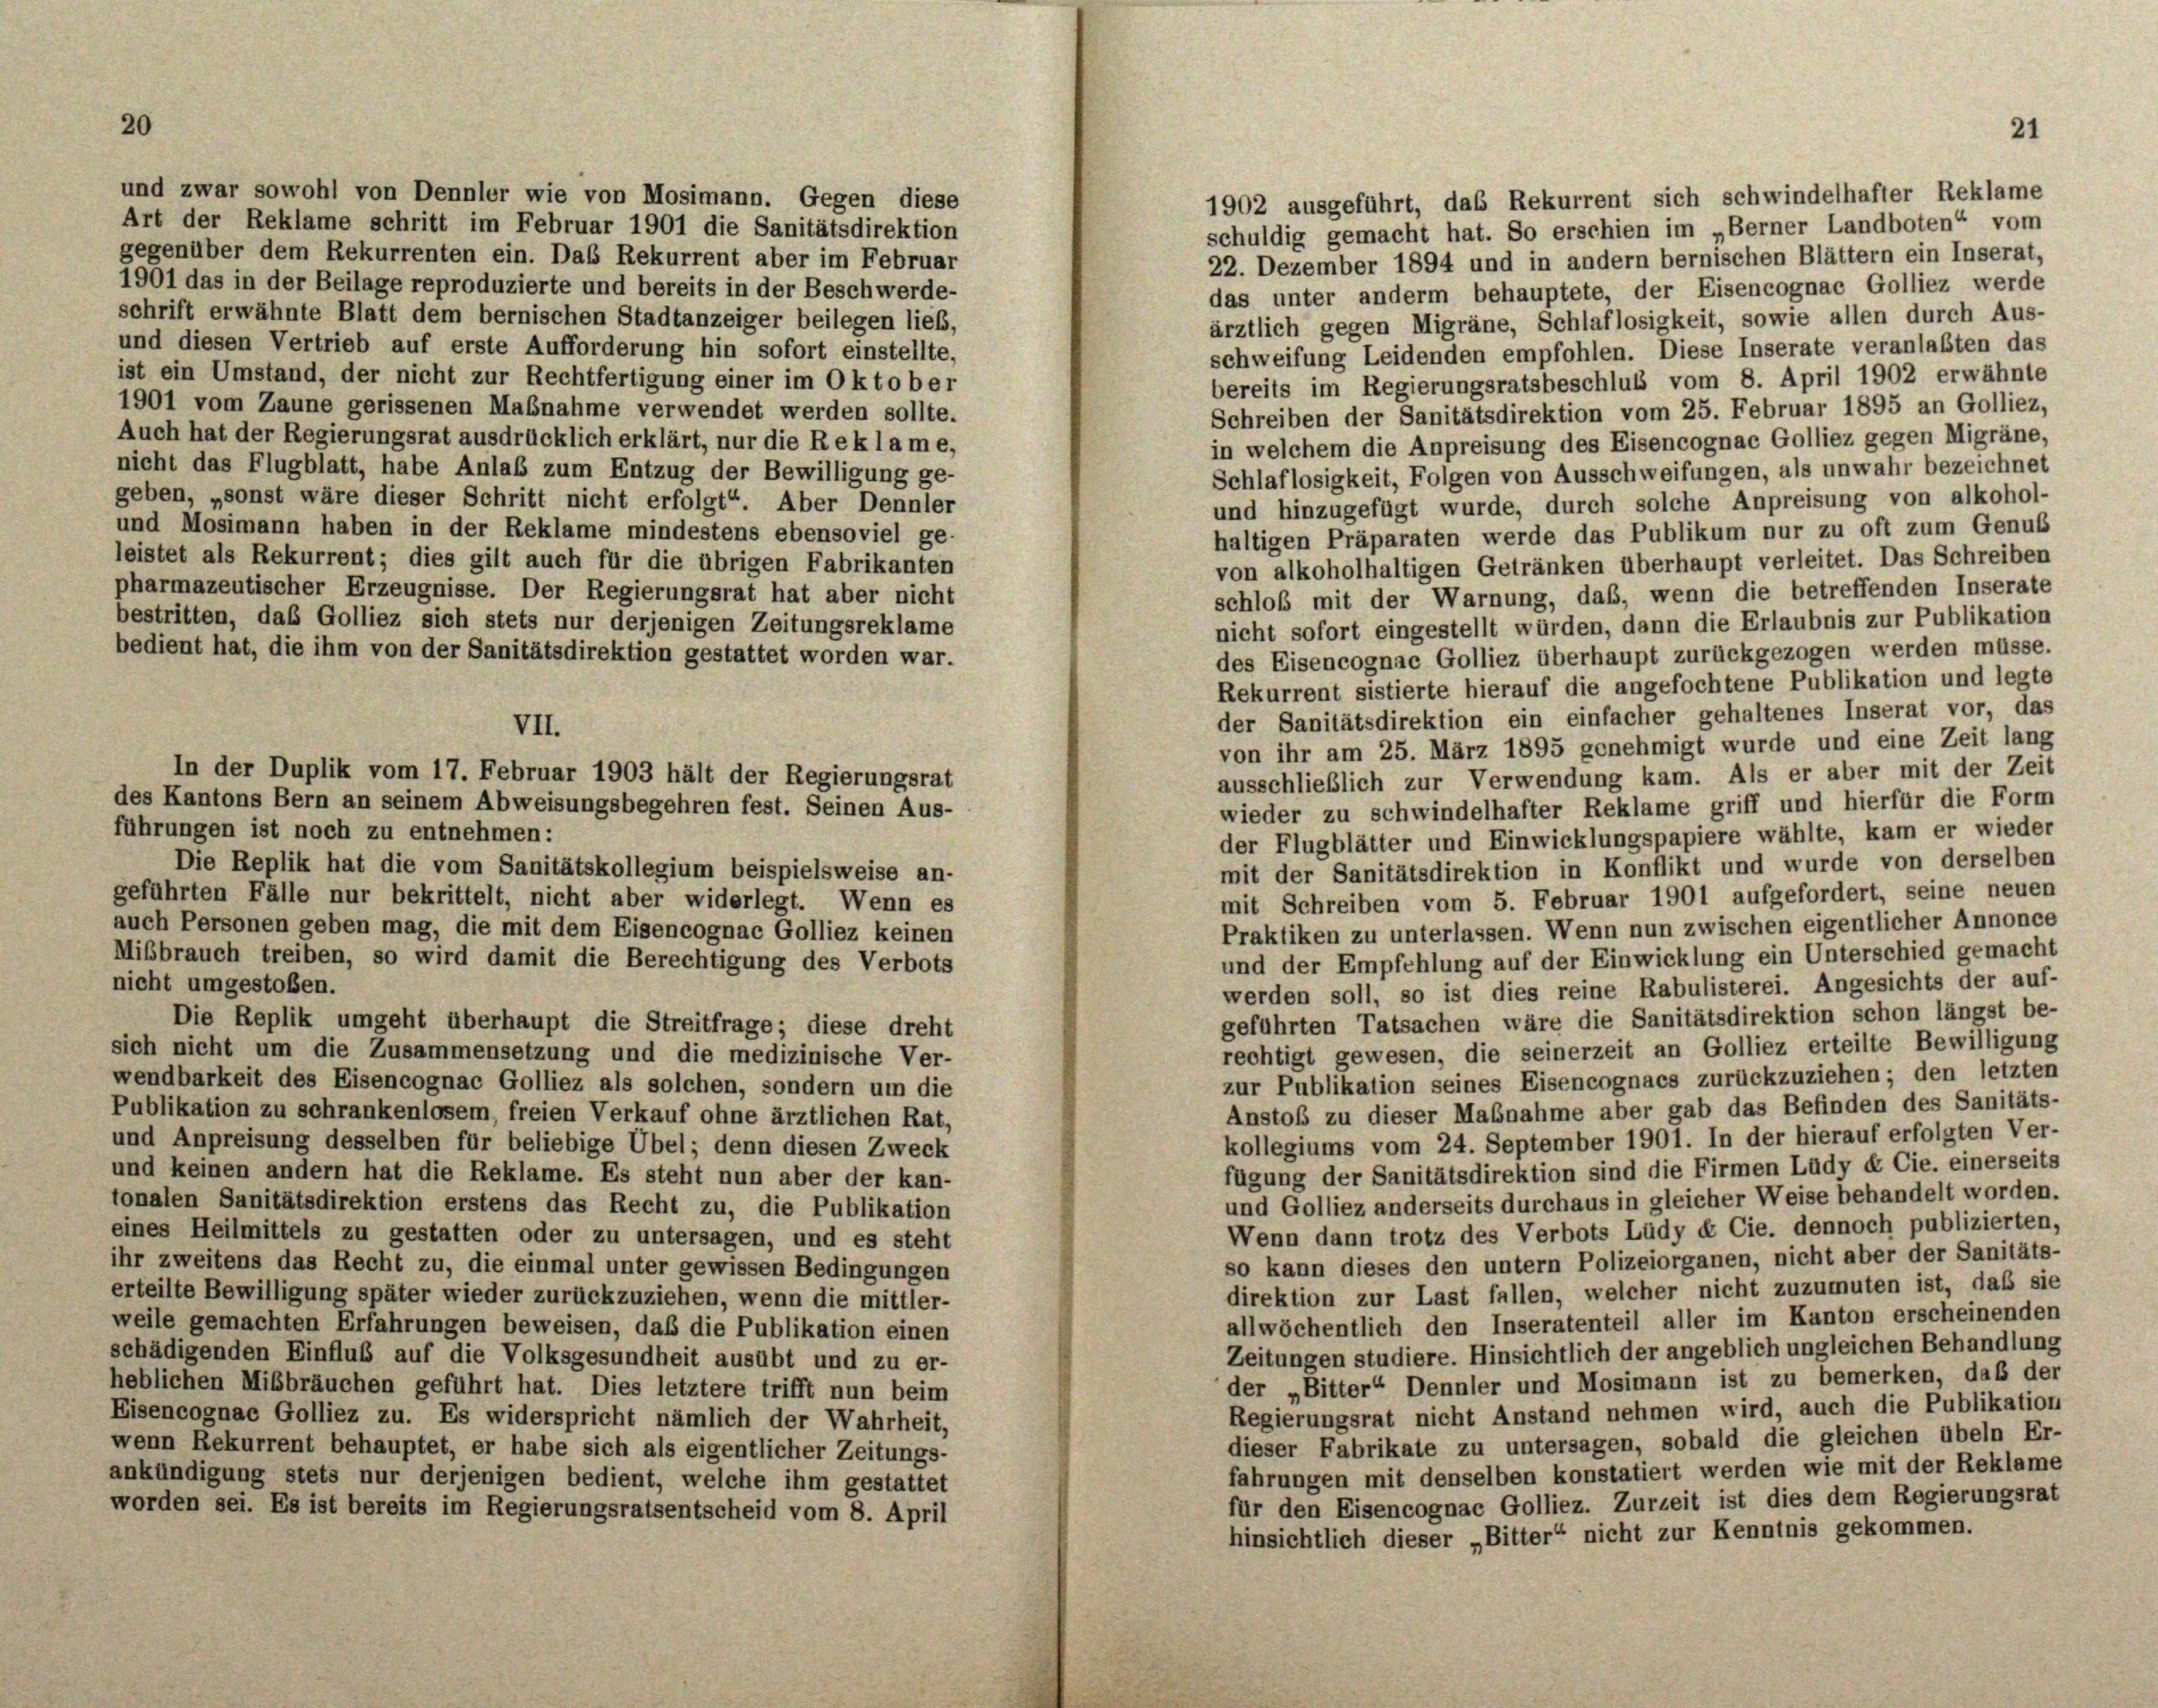
Art der Reklame schritt im Februar 1901 die Sanitätsdirektion
gegenüber dem Rekurrenten ein. Das Rekurrent aber im Februar
1901 das in der Beilage reproduzierte und bereits in der Beschwerde-
das unter anderm behauptete, der Eisencognac Golliez werde
schrift erwähnte Blatt dem bernischen Stadtanzeiger beilegen lieb,
ärztlich gegen Migräne, Schlaflosigkeit, sowie allen durch Aus-
und diesen Vertrieb auf erste Aufforderung hin sofort einstellte,
schweifung Leidenden empfohlen. Diese Inserate veranlaßten das
ist ein Umstand, der nicht zur Rechtfertigung einer im Oktober
bereits im Regierungsratsbeschluß vom 8. April 1902 erwähnte
1901 vom Zaune gerissenen Maßnahme verwendet werden sollte.
Schreiben der Sanitätsdirektion vom 25. Februar 1895 an Golliez
Auch hat der Regierungsrat ausdrücklich erklärt, nur die Reklame,
nicht das Flugblatt, habe Anlaß zum Entzug der Bewilligung ge-
geben, „sonst wäre dieser Schritt nicht erfolgt“. Aber Dennler
und Mosimann haben in der Reklame mindestens ebensoviel ge-
leistet als Rekurrent; dies gilt auch für die übrigen Fabrikanten
pharmazeutischer Erzeugnisse. Der Regierungsrat hat aber nicht
bestritten, daß Golliez sich stets nur derjenigen Zeitungsreklame
bedient hat, die ihm von der Sanitätsdirektion gestattet worden war.
der Sanitätsdirektion ein einfacher gehaltenes Inserat vor, das
VII.
von ihr am 25. März 1895 genehmigt wurde und eine Zeit lang
In der Duplik vom 17. Februar 1903 hält der Regierungsrat
ausschließlich zur Verwendung kam. Als er aber mit der Zeit
des Kantons Bern an seinem Abweisungsbegehren fest. Seinen Aus-
wieder zu schwindelhafter Reklame griff und hierfür die Form
führungen ist noch zu entnehmen:
der Flugblätter und Einwicklungspapiere wählte, kam er wieder
Die Replik hat die vom Sanitätskollegium beispielsweise an-
mit der Sanitätsdirektion in Konflikt und wurde von derselben
geführten Fälle nur bekrittelt, nicht aber widerlegt. Wenn es
mit Schreiben vom 5. Februar 1901 aufgefordert, seine neuen
auch Personen geben mag, die mit dem Eisencognac Golliez keinen
Praktiken zu unterlassen. Wenn nun zwischen eigentlicher Annonce
Mißbrauch treiben, so wird damit die Berechtigung des Verbots
und der Empfehlung auf der Einwicklung ein Unterschied gemacht
nicht umgestoßen.
werden soll, so ist dies reine Rabulisterei. Angesichts der auf-
geführten Tatsachen wäre die Sanitätsdirektion schon längst be-
Die Replik umgeht überhaupt die Streitfrage; diese dreht
rechtigt gewesen, die seinerzeit an Golliez erteilte Bewilligung
sich nicht um die Zusammensetzung und die medizinische Ver-
zur Publikation seines Eisencognacs zurückzuziehen; den letzten
wendbarkeit des Eisencognac Golliez als solchen, sondern um die
Anstoß zu dieser Maßnahme aber gab das Befinden des Sanitäts-
Publikation zu schrankenlosem, freien Verkauf ohne ärztlichen Rat,
kollegiums vom 24. September 1901. In der hierauf erfolgten Ver-
und Anpreisung desselben für beliebige Übel; denn diesen Zweck
fügung der Sanitätsdirektion sind die Firmen Lüdy & Cie. einerseits
und keinen andern hat die Reklame. Es steht nun aber der kan-
und Golliez anderseits durchaus in gleicher Weise behandelt worden.
tonalen Sanitätsdirektion erstens das Recht zu, die Publikation
Wenn dann trotz des Verbots Lüdy & Cie. dennoch publizierten.
eines Heilmittels zu gestatten oder zu untersagen, und es steht
so kann dieses den untern Polizeiorganen, nicht aber der Sanitäts-
ihr zweitens das Recht zu, die einmal unter gewissen Bedingungen
direktion zur Last fallen, welcher nicht zuzumuten ist, daß sie
erteilte Bewilligung später wieder zurückzuziehen, wenn die mittler-
allwöchentlich den Inseratenteil aller im Kanton erscheinenden
weile gemachten Erfahrungen beweisen, daß die Publikation einen
Zeitungen studiere. Hinsichtlich der angeblich ungleichen Behandlung
schädigenden Einfluß auf die Volksgesundheit ausübt und zu er-
der „Bitter“ Dennler und Mosimann ist zu bemerken, daß der
heblichen Mißbräuchen geführt hat. Dies letztere trifft nun beim
Regierungsrat nicht Anstand nehmen wird, auch die Publikation
Eisencognac Golliez zu. Es widerspricht nämlich der Wahrheit,
dieser Fabrikate zu untersagen, sobald die gleichen übeln Er-
wenn Rekurrent behauptet, er habe sich als eigentlicher Zeitungs-
fahrungen mit denselben konstatiert werden wie mit der Reklame
ankündigung stets nur derjenigen bedient, welche ihm gestattet
für den Eisencognac Golliez. Zurzeit ist dies dem Regierungsrat
worden sei. Es ist bereits im Regierungsratsentscheid vom 8. April
hinsichtlich dieser „Bitter“ nicht zur Kenntnis gekommen.

und zwar sowohl von Dennler wie von Mosimann. Gegen diese

1902 ausgeführt, das Rekurrent sich schwindelhafter Reklame
schuldig gemacht hat. So erschien im „Berner Landboten“ vom
22. Dezember 1894 und in andern bernischen Blättern ein Inserat,

in welchem die Anpreisung des Eisencognac Golliez gegen Migräne,
Schlaflosigkeit, Folgen von Ausschweifungen, als unwahr bezeichnet
und hinzugefügt wurde, durch solche Anpreisung von alkohol-
haltigen Präparaten werde das Publikum nur zu oft zum Genuß
von alkoholhaltigen Getränken überhaupt verleitet. Das Schreiben
schloß mit der Warnung, daß, wenn die betreffenden Inserate
nicht sofort eingestellt würden, dann die Erlaubnis zur Publikation
des Eisencognac Golliez überhaupt zurückgezogen werden müsse.
Rekurrent sistierte hierauf die angefochtene Publikation und legte